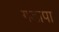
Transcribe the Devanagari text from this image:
गडापा